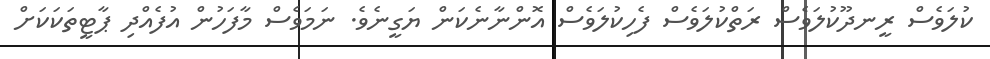
ކުލަވެސް ރީނދޫކުލަވެސް ރަތްކުލަވެސް ފެހިކުލަވެސް އޮންނާނެކަން ޔަގީނެވެ. ނަމަވެސް މާފަހުން އުފެެއްދި ޕާޓީތަކަކަށް